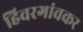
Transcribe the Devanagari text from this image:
हिवरगांवकर